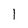
Character: I